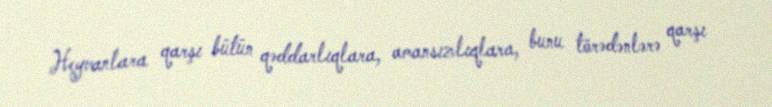
Heyvanlara qarşı bütün qəddarlıqlara, amansızlıqlara, bunu törədənlərə qarşı